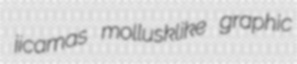
jicamas mollusklike graphic